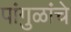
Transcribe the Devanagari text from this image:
पांगुळांचे